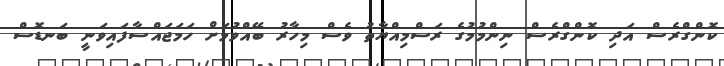
ކޮންގްރެސް އަދި ކޮންގްރެސް ނިންމުމުގެ ރަސްމިއްޔާތު ވެސް މިހާރު ބޭއްވުމަށް ހަމަޖައްސާފައިވަނީ ބަނޑޮސް